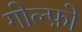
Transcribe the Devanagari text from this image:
गोल्फ़ो